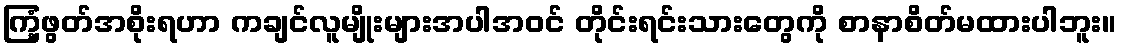
ကြံ့ဖွတ်အစိုးရဟာ ကချင်လူမျိုးများအပါအဝင် တိုင်းရင်းသားတွေကို စာနာစိတ်မထားပါဘူး။